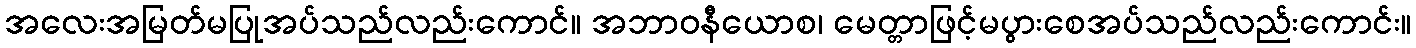
အလေးအမြတ်မပြုအပ်သည်လည်းကောင်။ အဘာဝနီယောစ၊ မေတ္တာဖြင့်မပွားစေအပ်သည်လည်းကောင်း။